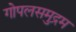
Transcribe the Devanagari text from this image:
गोपलसमुद्रम